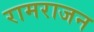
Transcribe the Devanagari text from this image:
रामराजन